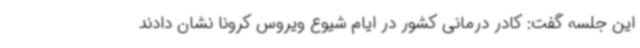
این جلسه گفت: کادر درمانی کشور در ایام شیوع ویروس کرونا نشان دادند